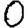
Digit: 0